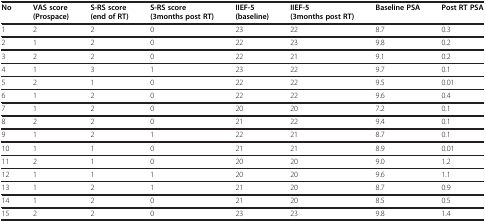
<table><thead><tr><td><b>No</b></td><td><b>VAS score (Prospace)</b></td><td><b>S-RS score (end of RT)</b></td><td><b>S-RS score (3months post RT)</b></td><td><b>IIEF-5 (baseline)</b></td><td><b>IIEF-5 (3months post RT)</b></td><td><b>Baseline PSA</b></td><td><b>Post RT PSA</b></td></tr></thead><tbody><tr><td>1</td><td>2</td><td>2</td><td>0</td><td>23</td><td>22</td><td>8.7</td><td>0.3</td></tr><tr><td>2</td><td>1</td><td>2</td><td>0</td><td>22</td><td>23</td><td>9.8</td><td>0.2</td></tr><tr><td>3</td><td>2</td><td>2</td><td>0</td><td>22</td><td>21</td><td>9.1</td><td>0.2</td></tr><tr><td>4</td><td>1</td><td>3</td><td>1</td><td>23</td><td>22</td><td>9.7</td><td>0.1</td></tr><tr><td>5</td><td>2</td><td>1</td><td>0</td><td>22</td><td>22</td><td>9.5</td><td>0.01</td></tr><tr><td>6</td><td>1</td><td>2</td><td>0</td><td>22</td><td>22</td><td>9.6</td><td>0.4</td></tr><tr><td>7</td><td>1</td><td>2</td><td>0</td><td>20</td><td>20</td><td>7.2</td><td>0.1</td></tr><tr><td>8</td><td>2</td><td>2</td><td>0</td><td>21</td><td>22</td><td>9.4</td><td>0.1</td></tr><tr><td>9</td><td>1</td><td>2</td><td>1</td><td>22</td><td>21</td><td>8.7</td><td>0.1</td></tr><tr><td>10</td><td>1</td><td>1</td><td>0</td><td>21</td><td>21</td><td>8.9</td><td>0.01</td></tr><tr><td>11</td><td>2</td><td>1</td><td>0</td><td>20</td><td>20</td><td>9.0</td><td>1.2</td></tr><tr><td>12</td><td>1</td><td>1</td><td>1</td><td>20</td><td>20</td><td>9.6</td><td>1.1</td></tr><tr><td>13</td><td>1</td><td>2</td><td>1</td><td>21</td><td>20</td><td>8.7</td><td>0.9</td></tr><tr><td>14</td><td>1</td><td>2</td><td>0</td><td>21</td><td>20</td><td>8.5</td><td>0.5</td></tr><tr><td>15</td><td>2</td><td>2</td><td>0</td><td>23</td><td>23</td><td>9.8</td><td>1.4</td></tr></tbody></table>